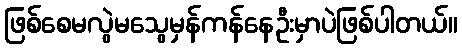
ဖြစ်စေမလွဲမသွေမှန်ကန်နေဦးမှာပဲဖြစ်ပါတယ်။